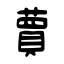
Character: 蕒